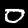
Digit: 0